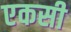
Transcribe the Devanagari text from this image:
एकसी